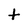
Character: t